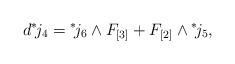
\begin{align*}d {}^* \! j_4 = {}^*\! j_6 \wedge F_{[3]} + F_{[2]} \wedge {}^*\! j_5,\end{align*}